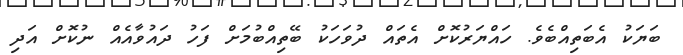
ބަޔަކު އެބަތިއްބެވެ. ހައްޔަރުކޮށް އެތައް ދުވަހަކު ބޭތިއްބުމަށް ފަހު ދައުވާއެއް ނުކޮށް އަދި